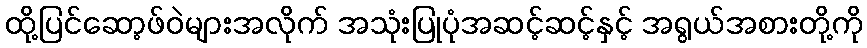
ထို့ပြင်ဆော့ဖ်ဝဲများအလိုက် အသုံးပြုပုံအဆင့်ဆင့်နှင့် အရွယ်အစားတို့ကို